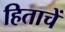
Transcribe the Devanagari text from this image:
हिताचें